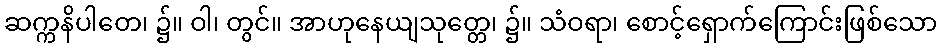
ဆက္ကနိပါတေ၊ ၌။ ဝါ၊ တွင်။ အာဟုနေယျသုတ္တေ၊ ၌။ သံဝရာ၊ စောင့်ရှောက်ကြောင်းဖြစ်သော